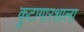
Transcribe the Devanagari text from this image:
कुटागारशाला